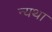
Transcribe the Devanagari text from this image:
न्यथा